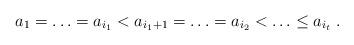
LaTeX: \begin{align*}a_1= \ldots= a_{i_1} < a_{i_1+1} = \ldots = a_{i_2}< \ldots \leq a_{i_t}\;.\end{align*}